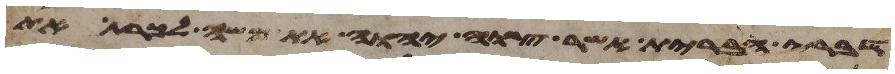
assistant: דברי הברית אשר צוה יהוה את משה לכרת